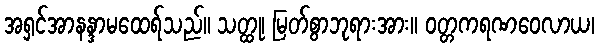
အရှင်အာနန္ဒာမထေရ်သည်။ သတ္ထု၊ မြတ်စွာဘုရားအား။ ဝတ္တကရဏဝေလာယ၊